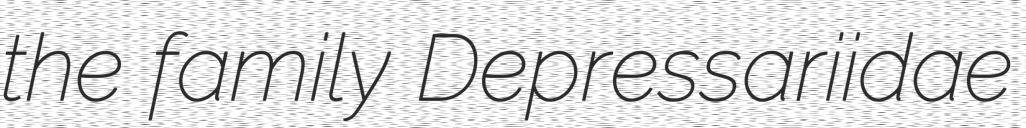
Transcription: the family Depressariidae